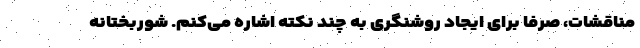
مناقشات، صرفا برای ایجاد روشنگری به چند نکته اشاره می‌کنم. شوربختانه